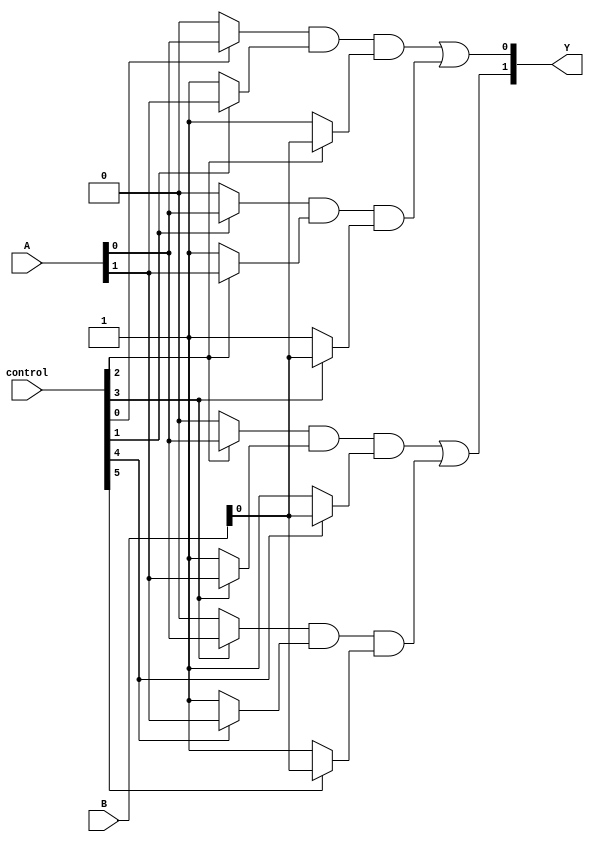
module hs_pal (
    input wire [N-1:0] A,           // Input Pins (N inputs)
    input wire [M-1:0] B,           // Additional Input Pins (M inputs, if needed)
    input wire [P-1:0] control,      // Control signals for programming
    output wire [O-1:0] Y            // Output Pins (O outputs)
);

parameter N = 4;                    // Number of input pins
parameter M = 2;                    // Number of additional input pins (optional)
parameter P = 8;                    // Number of programmable connections
parameter O = 2;                    // Number of output pins

// Declare registers for product terms
wire [P-1:0] product_terms;

// Programmable AND array
genvar i, j;
generate
    for (i = 0; i < P; i = i + 1) begin : and_array
        // Example of programmable AND logic
        assign product_terms[i] = (control[i] ? A[0] : 1'b0) &
                                   (control[i+1] ? A[1] : 1'b1) &
                                   (control[i+2] ? B[0] : 1'b1);
    end
endgenerate

// Fixed OR array
wire [O-1:0] final_output;
assign final_output[0] = product_terms[0] | product_terms[1]; // Example OR logic
assign final_output[1] = product_terms[2] | product_terms[3]; // Example OR logic

// Output assignment
assign Y = final_output;

endmodule